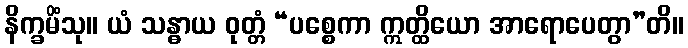
နိက္ခမိံသု။ ယံ သန္ဓာယ ဝုတ္တံ “ပစ္စေကာ ဣတ္ထိယော အာရောပေတွာ”တိ။